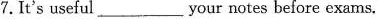
7.It's useful your notes before exams.